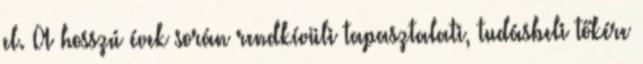
el. A hosszú évek során rendkívüli tapasztalati, tudásbeli tőkére